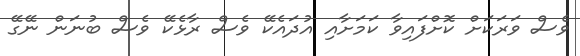
ވެސް ވަރަކަށް ކޮށްފައިވާ ކަމަށާއި އުދައެކޭ ވެސް ރާޅެކޭ ވެސް ބުނަން ނޭގޭ